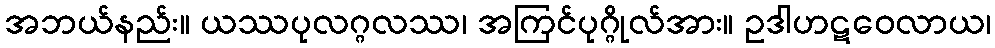
အဘယ်နည်း။ ယဿပုလဂ္ဂလဿ၊ အကြင်ပုဂ္ဂိုလ်အား။ ဥဒါဟဋဝေလာယ၊